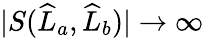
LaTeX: |S(\widehat{L}_{a},\widehat{L}_{b})|\to\infty